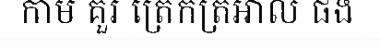
កាម គួរ ត្រេកត្រអាល ផង